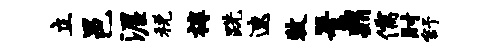
立邑渥税椁跣速牧署鼎儒肘舒